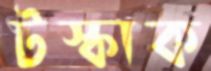
টস্‌কাক